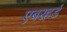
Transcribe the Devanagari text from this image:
एबरहर्ड